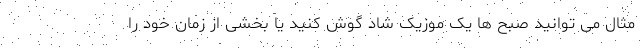
مثال می توانید صبح ها یک موزیک شاد گوش کنید یا بخشی از زمان خود را